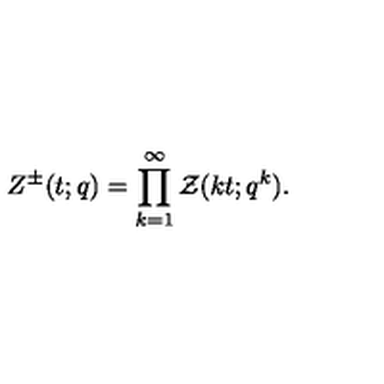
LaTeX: Z ^ { \pm } ( t ; q ) = \prod _ { k = 1 } ^ { \infty } { \cal Z } ( k t ; q ^ { k } ) .